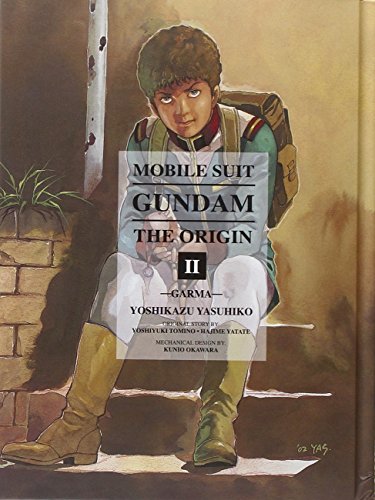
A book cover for Mobile Suit Gundam: The Origin, Vol. 2- Garma; Yoshikazu Yasuhiko; Comics & Graphic Novels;